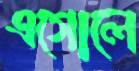
এগোলে